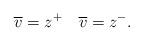
LaTeX: \begin{align*}\overline{{v}}=z^+\quad\overline{{v}}=z^-.\end{align*}